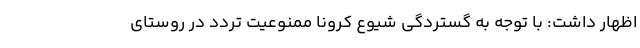
اظهار داشت: با توجه به گستردگی شیوع کرونا ممنوعیت تردد در روستای